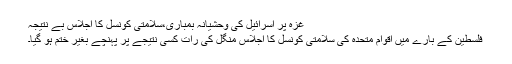
غزہ پر اسرائیل کی وحشیانہ بمباری،سلامتی کونسل کا اجلاس بے نتیجہ
فلسطین کے بارے میں اقوام متحدہ کی سلامتی کونسل کا اجلاس منگل کی رات کسی نتیجے پر پہنچے بغیر ختم ہو گیا۔